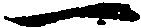
一